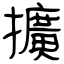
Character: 擴